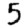
Digit: 5